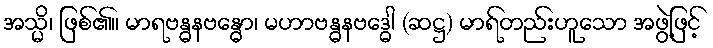
အသ္မိ၊ ဖြစ်၏။ မာရဗန္ဓနဗန္ဓော၊ မဟာဗန္ဓနဗဒ္ဓေါ (ဆဋ္ဌ) မာရ်တည်းဟူသော အဖွဲ့ဖြင့်